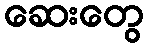
ဆေးတွေ